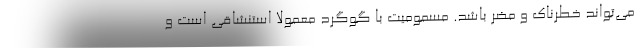
می‌تواند خطرناک و مضر باشد. مسمومیت با گوگرد معمولا استنشاقی است و